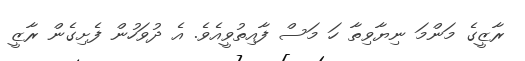
ރާޒީގެ މަންމަ ނިޔާވިތާ ހަ މަސް ފާއިތުވީއެވެ. އެ ދުވަހުން ފެށިގެން ރާޒީ